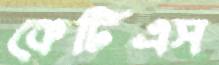
কেটিএস